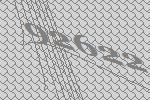
92622